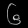
Digit: ၆